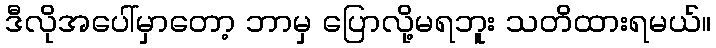
ဒီလိုအပေါ်မှာတော့ ဘာမှ ပြောလို့မရဘူး သတိထားရမယ်။